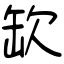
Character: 缼